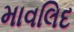
માવલિદ